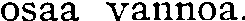
osaa vannoa.